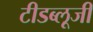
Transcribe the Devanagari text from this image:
टीडब्लूजी